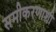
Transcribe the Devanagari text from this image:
समीकरणाशी